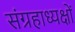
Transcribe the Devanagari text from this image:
संग्रहाध्यक्षों